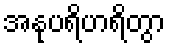
အနုပရိဟရိတွာ